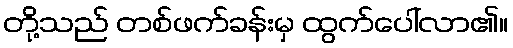
တို့သည် တစ်ဖက်ခန်းမှ ထွက်ပေါ်လာ၏။